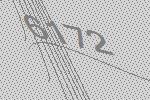
6172